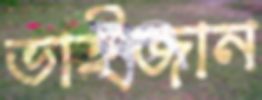
ভাইজান